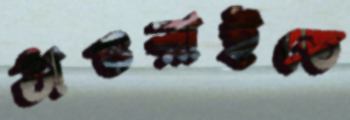
ঠাওরাইতে